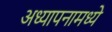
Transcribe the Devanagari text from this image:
अध्यापनामध्ये